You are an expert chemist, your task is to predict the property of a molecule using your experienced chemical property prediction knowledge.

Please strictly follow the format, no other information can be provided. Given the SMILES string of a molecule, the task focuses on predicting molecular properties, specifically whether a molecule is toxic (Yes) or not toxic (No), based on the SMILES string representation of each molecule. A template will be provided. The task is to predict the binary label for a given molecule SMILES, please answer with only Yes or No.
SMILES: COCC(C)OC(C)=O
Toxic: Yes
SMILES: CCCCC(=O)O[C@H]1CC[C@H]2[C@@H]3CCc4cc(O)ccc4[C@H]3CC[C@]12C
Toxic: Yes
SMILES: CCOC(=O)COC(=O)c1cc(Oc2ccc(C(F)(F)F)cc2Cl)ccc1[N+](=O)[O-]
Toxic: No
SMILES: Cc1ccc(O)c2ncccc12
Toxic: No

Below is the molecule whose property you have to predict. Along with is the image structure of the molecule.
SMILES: COC(=O)/C=C\C(=O)O
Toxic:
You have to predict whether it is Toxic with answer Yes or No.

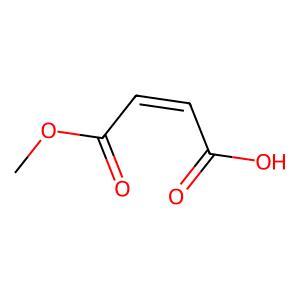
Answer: No